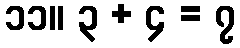
၁၁။ ၃ + ၄ = ၇